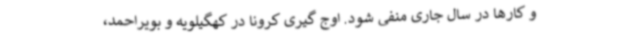
و کارها در سال جاری منفی شود. اوج گیری کرونا در کهگیلویه و بویراحمد،